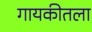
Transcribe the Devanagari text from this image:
गायकीतला